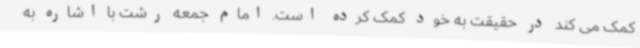
کمک می کند در حقیقت به خود کمک کرده است. امام جمعه رشت با اشاره به